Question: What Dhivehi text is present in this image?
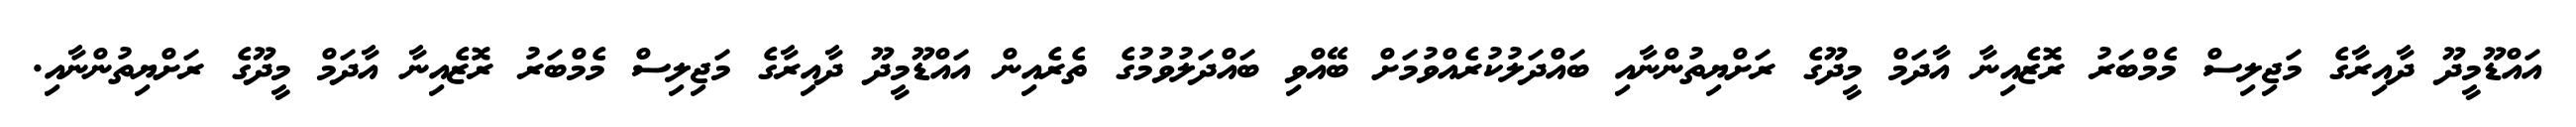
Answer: އައްޑޫމީދޫ ދާއިރާގެ މަޖިލިސް މެމްބަރު ރޮޒެއިނާ އާދަމް މީދޫގެ ރަށްޔިތުންނާއި ބައްދަލުކުރެއްވުމަށް ބޭއްވި ބައްދަލުވުމުގެ ތެރެއިން އައްޑޫމީދޫ ދާއިރާގެ މަޖިލިސް މެމްބަރު ރޮޒެއިނާ އާދަމް މީދޫގެ ރަށްޔިތުންނާއި.